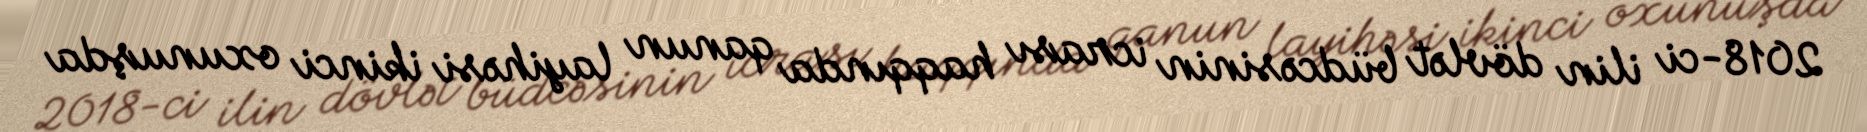
2018-ci ilin dövlət büdcəsinin icrası haqqında qanun layihəsi ikinci oxunuşda